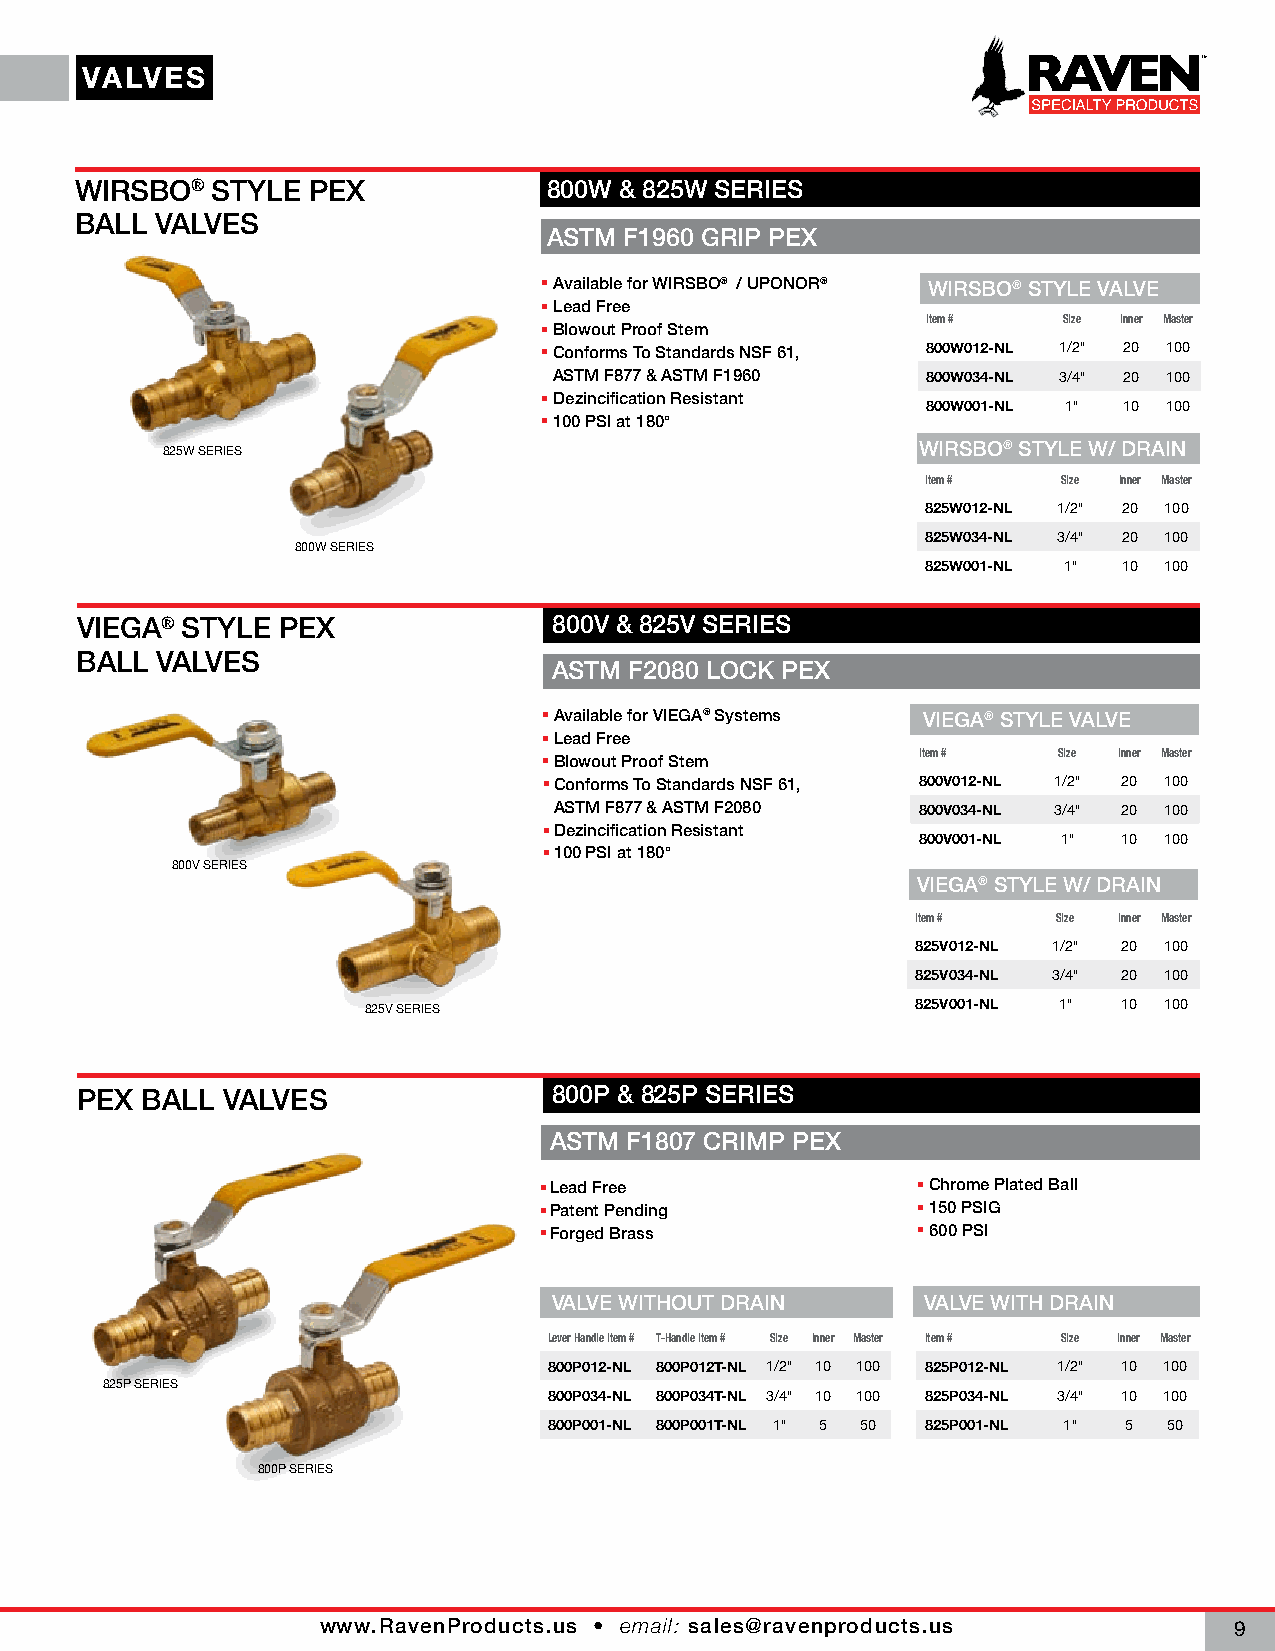
VVAALLVVEESS
 WIRSBO®  STYLE PEX             800W & 825W SERIES
 BALL VALVES
 ASTM F1960 GRIP PEX
 Available for WIRSBO® / UPONOR® WIRSBO® STYLE VALVE
 Lead Free
 Item #   Size Inner Master
 Blowout Proof Stem
 Conforms To Standards NSF 61, 800W012-NL 1/2" 20 100
 ASTM F877 & ASTM F1960  800W034-NL 3/4" 20 100
 Dezincification Resistant
 800W001-NL 1" 10 100
 100 PSI at 180°
 WIRSBO® STYLE W/ DRAIN
 825W SERIES
 Item #   Size Inner Master
 825W012-NL 1/2" 20 100
 825W034-NL 3/4" 20 100
 800W SERIES
 825W001-NL 1" 10 100
 VIEGA® STYLE PEX                800V & 825V SERIES
 BALL VALVES
 ASTM F2080 LOCK PEX
 Available for VIEGA® Systems VIEGA® STYLE VALVE
 Lead Free
 Item #   Size Inner Master
 Blowout Proof Stem
 Conforms To Standards NSF 61, 800V012-NL 1/2" 20 100
 ASTM F877 & ASTM F2080  800V034-NL 3/4" 20 100
 Dezincification Resistant
 800V001-NL 1" 10 100
 100 PSI at 180°
 800V SERIES
 VIEGA® STYLE W/ DRAIN
 Item #   Size Inner Master
 825V012-NL 1/2" 20 100
 825V034-NL 3/4" 20 100
 825V SERIES                          825V001-NL 1" 10 100
 PEX BALL  VALVES                800P & 825P SERIES
 ASTM  F1807 CRIMP PEX
 Lead Free                 Chrome Plated Ball
 Patent Pending            150 PSIG
 Forged Brass              600 PSI
 VALVE WITHOUT DRAIN     VALVE WITH DRAIN
 Lever Handle Item # T-Handle Item # Size Inner Master Item # Size Inner Master
 800P012-NL 800P012T-NL 1/2" 10 100 825P012-NL 1/2" 10 100
 825P SERIES
 800P034-NL 800P034T-NL 3/4" 10 100 825P034-NL 3/4" 10 100
 800P001-NL 800P001T-NL 1" 5 50 825P001-NL 1" 5 50
 800P SERIES
 www.RavenProducts.us • email: sales@ravenproducts.us
 9